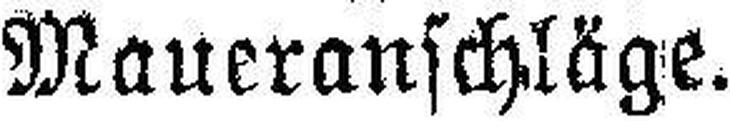
Maueranschläge.